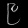
Digit: ၉